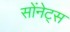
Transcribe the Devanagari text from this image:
सोंनेट्स